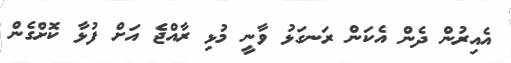
އެއިރުން ދެން އެކަން ރަނގަޅު ވާނީ މުޅި ރާއްޖެ އަށް ފުޅާ ކޮށްގެން